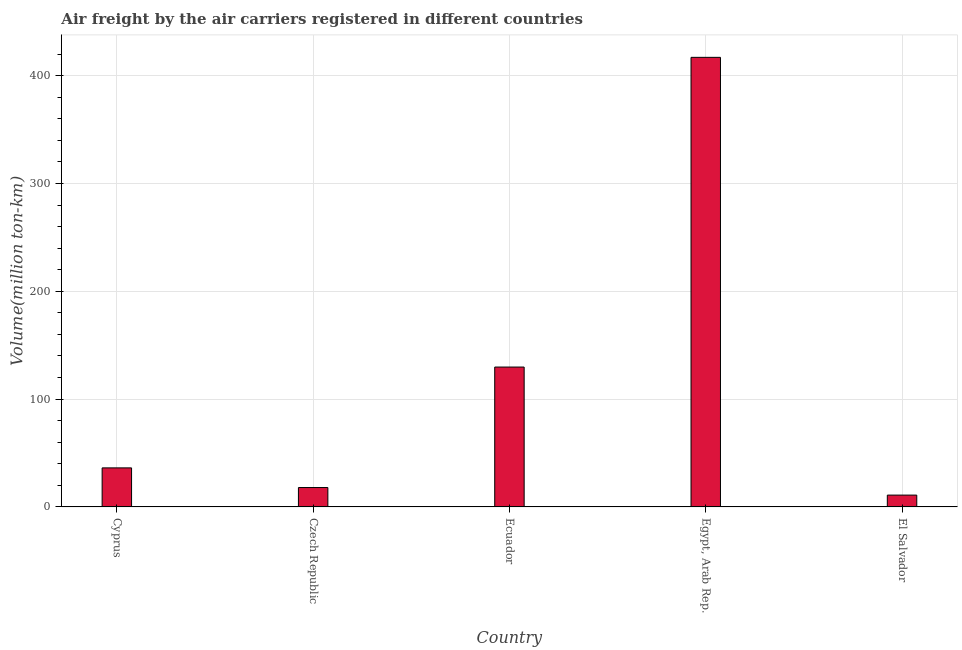
| Country | Air transport |
 | --- | --- |
 | Cyprus | 36.2 |
 | Czech Republic | 18 |
 | Ecuador | 130 |
 | Egypt, Arab Rep. | 417 |
 | El Salvador | 11 |